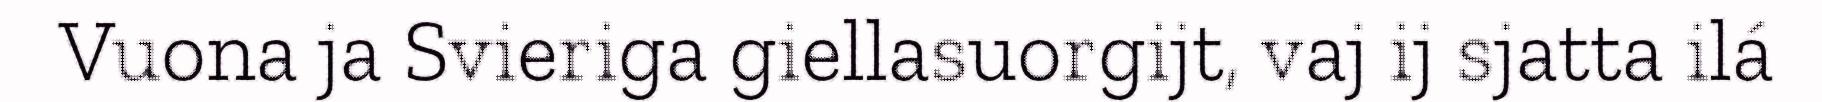
Vuona ja Svieriga giellasuorgijt, vaj ij sjatta ilá